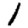
Digit: 1